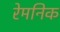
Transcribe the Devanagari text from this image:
रेमनिक